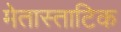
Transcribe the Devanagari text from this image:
मेतास्ताटिक